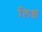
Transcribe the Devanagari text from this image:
लिक्ष